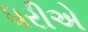
ધરીએ